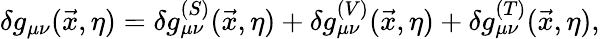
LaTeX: \delta g_{\mu\nu}(\vec{x},\eta)=\delta g_{\mu\nu}^{(S)}(\vec{x},\eta)+\delta g_{\mu\nu}^{(V)}(\vec{x},\eta)+\delta g_{\mu\nu}^{(T)}(\vec{x},\eta),